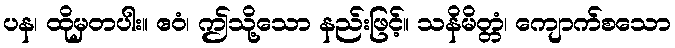
ပန၊ ထိုမှတပါး။ ဧဝံ၊ ဤသို့သော နည်းဖြင့်။ သနိမိတ္တံ၊ ကျောက်စသော